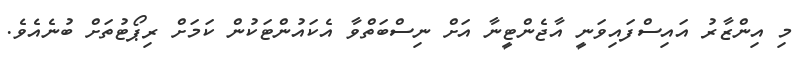
މި އިންޒާރު އައިސްފައިވަނީ އާޖެންޓީނާ އަށް ނިސްބަތްވާ އެކައުންޓަކުން ކަމަށް ރިޕޯޓުތަށް ބުނެއެވެ.